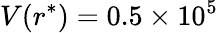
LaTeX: V(r^{*})=0.5\times 10^{5}